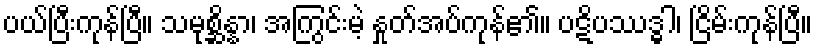
ပယ်ပြီးကုန်ပြီ။ သမုစ္ဆိန္နာ၊ အကြွင်းမဲ့ နှုတ်အပ်ကုန်၏။ ပဋိပဿဒ္ဓါ၊ ငြိမ်းကုန်ပြီ။